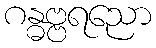
ဂန္ဓဗ္ဗရညော